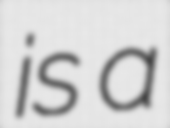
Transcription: is a